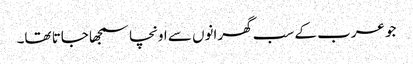
جو عرب کے سب گھرانوں سے اونچا سمجھا جاتا تھا۔